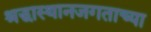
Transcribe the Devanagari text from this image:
श्रद्धास्थानजगताच्या